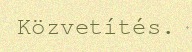
Közvetítés.